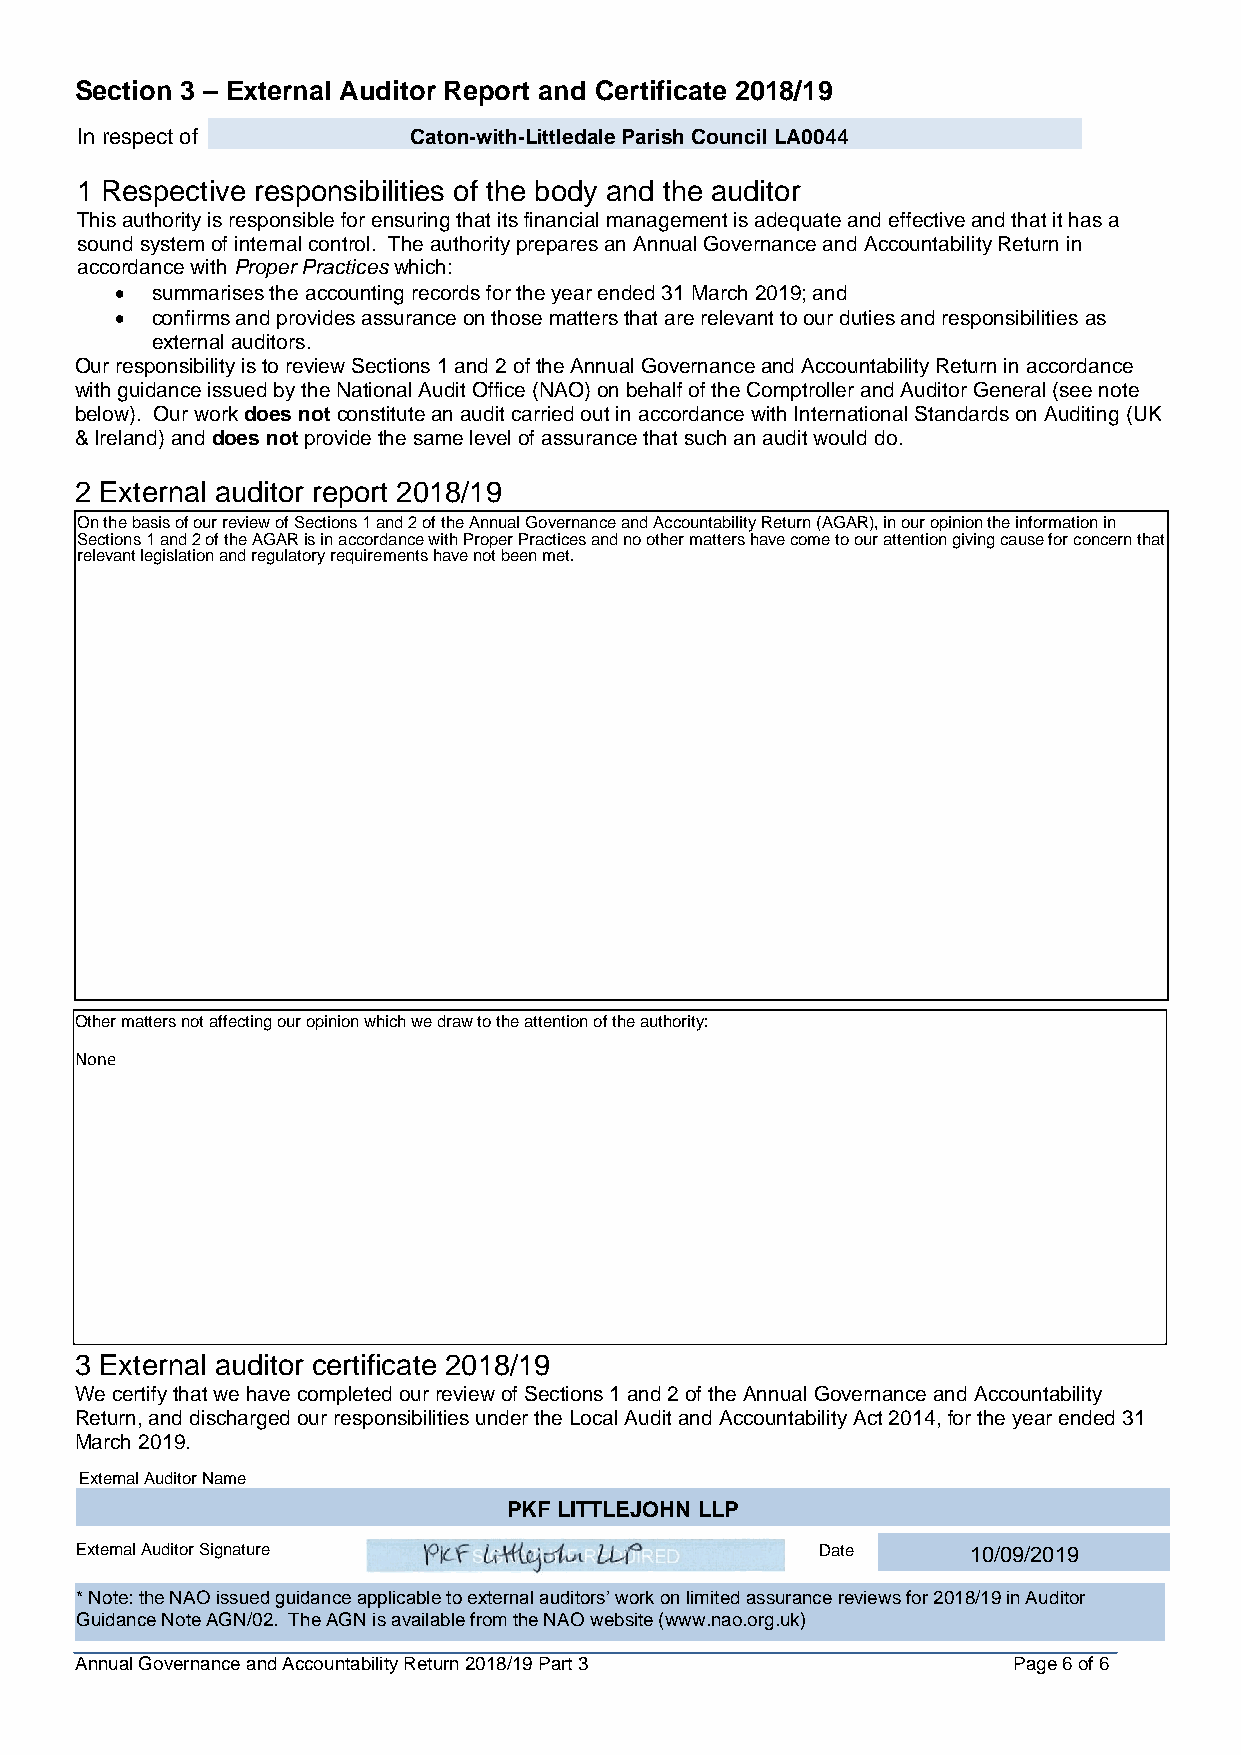
Section 3 – External Auditor Report and Certificate 2018/19
 In respect of         Caton-with-Littledale Parish Council LA0044
 1 Respective responsibilities of the body and the auditor
 This authority is responsible for ensuring that its financial management is adequate and effective and that it has a
 sound system of internal control. The authority prepares an Annual Governance and Accountability Return in
 accordance with Proper Practices which:
 • summarises the accounting records for the year ended 31 March 2019; and
 • confirms and provides assurance on those matters that are relevant to our duties and responsibilities as
 external auditors.
 Our responsibility is to review Sections 1 and 2 of the Annual Governance and Accountability Return in accordance
 with guidance issued by the National Audit Office (NAO) on behalf of the Comptroller and Auditor General (see note
 below). Our work does not constitute an audit carried out in accordance with International Standards on Auditing (UK
 & Ireland) and does not provide the same level of assurance that such an audit would do.
 2 External auditor report 2018/19
 On the basis of our review of Sections 1 and 2 of the Annual Governance and Accountability Return (AGAR), in our opinion the information in
 Sections 1 and 2 of the AGAR is in accordance with Proper Practices and no other matters have come to our attention giving cause for concern that
 relevant legislation and regulatory requirements have not been met.
 Other matters not affecting our opinion which we draw to the attention of the authority:
 None
 3 External auditor certificate 2018/19
 We certify that we have completed our review of Sections 1 and 2 of the Annual Governance and Accountability
 Return, and discharged our responsibilities under the Local Audit and Accountability Act 2014, for the year ended 31
 March 2019.
 External Auditor Name
 PKF LITTLEJOHN LLP
 External Auditor Signature                       Date      10/09/2019
 * Note: the NAO issued guidance applicable to external auditors’ work on limited assurance reviews for 2018/19 in Auditor
 Guidance Note AGN/02. The AGN is available from the NAO website (www.nao.org.uk)
 Annual Governance and Accountability Return 2018/19 Part 3    Page 6 of 6